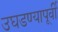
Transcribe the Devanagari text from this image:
उघडण्यापूर्वी